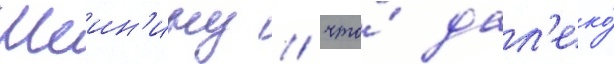
Шеин'ину / что́ дал'еко́